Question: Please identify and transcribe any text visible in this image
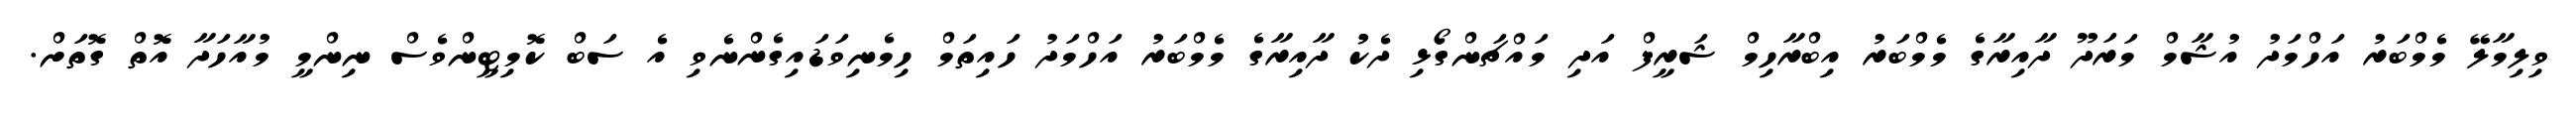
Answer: ވިލިމާލޭ މެމްބަރު އަހްމަދު އުޝާމް މަރަދޫ ދާއިރާގެ މެމްބަރު އިބްރާހިމް ޝަރީފް އަދި މައްޗަންގޯޅި ދެކުު ދާއިރާގެ މެމްބަރު އަހްމަދު ހައިތަމް ހިމެނިވަޑައިގެންނެވި އެ ސަބް ކޮމިޓީންވެސް ނިންމީ މުއާހަދާ އޮތް ގޮތަށް.